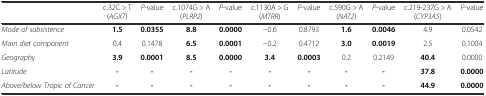
|  | c.32C > T (AGXT) | P-value | c.1074G > A (PLRP2) | P-value | c.1130A > G (MTRR) | P-value | c.590G > A (NAT2) | P-value | c.219-237G > A (CYP3A5) | P-value |
 | --- | --- | --- | --- | --- | --- | --- | --- | --- | --- | --- |
 | Mode of subsistence | 1.5 | 0.0355 | 8.8 | 0.0000 | −0.6 | 0.8793 | 1.6 | 0.0046 | 4.9 | 0.0542 |
 | Main diet component | 0.4 | 0.1478 | 6.5 | 0.0001 | −0.2 | 0.4712 | 3.0 | 0.0019 | 2.5 | 0.1004 |
 | Geography | 3.9 | 0.0001 | 8.5 | 0.0000 | 3.4 | 0.0003 | 0.2 | 0.2149 | 40.4 | 0.0000 |
 | Latitude | - | - | - | - | - | - | - | - | 37.8 | 0.0000 |
 | Above/below Tropic of Cancer | - | - | - | - | - | - | - | - | 44.9 | 0.0000 |